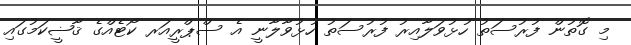
މި ގޮތުން ފުރުސަތު ހުޅުވަލާއިރު ފުރުސަތު ހުޅުވާލާނީ އެ ސްޕްރީއަރ ކޯޓެއްގެ ޤާޟީކަމުގައި